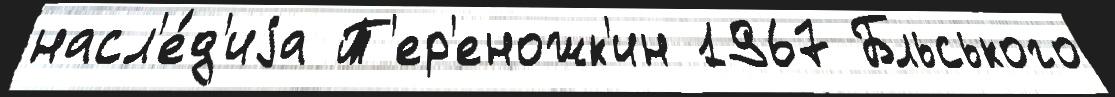
насл'е́д'иjа Т'ер'еножк'ин 1967 Бльського